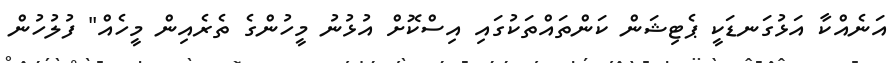
އަނެއްކާ އަޅުގަނޑަކީ ޕެޓިޝަން ކަންތައްތަކުގައި އިސްކޮށް އުޅުނު މީހުންގެ ތެރެއިން މީހެއް" ފުލުހުން